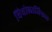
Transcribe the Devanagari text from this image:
थियोलाजिकल